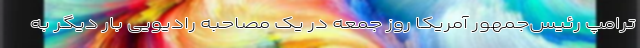
ترامپ رئیس‌جمهور آمریکا روز جمعه در یک مصاحبه رادیویی بار دیگر به